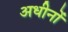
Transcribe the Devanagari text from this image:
अधीनों